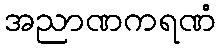
အညာဏကရဏံ